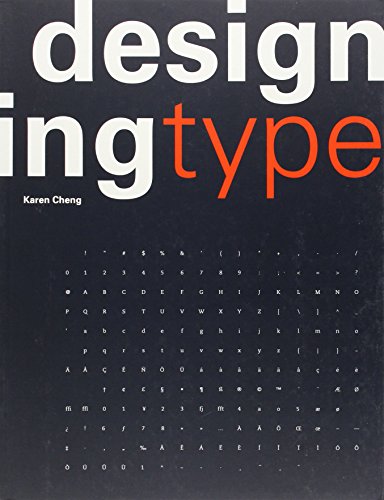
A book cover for Designing Type; Karen Cheng; Arts & Photography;